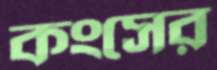
কংসের